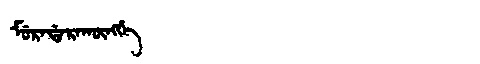
Manchu: ᠮᡠᡵᠠᡩᠠᡵᠠᡴᡡᠩᡤᡝ
Romanization: MURADARAKŪNGGE